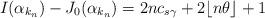
LaTeX: \begin{align*} I(\alpha_{k_{n}})-J_{0}(\alpha_{k_{n}})=2nc_{s\gamma}+2\lfloor n\theta \rfloor +1\end{align*}